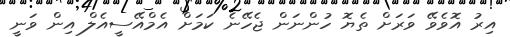
އިރު އޮވެވޭ ވަރަށް ތެޔޮ ހުންނަން ޖެހޭނެ ކަމަށް އެމްއޭސީއެލް އިން ވަނީ